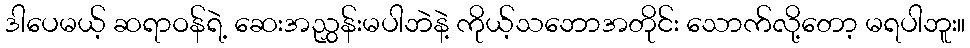
ဒါပေမယ့် ဆရာဝန်ရဲ့ ဆေးအညွှန်းမပါဘဲနဲ့ ကိုယ့်သဘောအတိုင်း သောက်လို့တော့ မရပါဘူး။